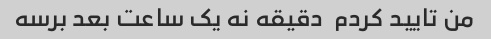
من تایید کردم  دقیقه نه یک ساعت بعد برسه